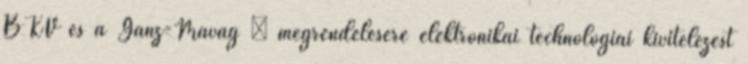
BKV és a Ganz-Mávag – megrendelésére elektronikai technológiai kivitelezést